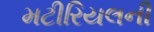
મટીરિયલની